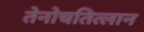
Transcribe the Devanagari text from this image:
तेनोचतित्लान